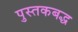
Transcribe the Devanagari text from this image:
पुस्तकबद्ध